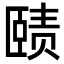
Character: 赜